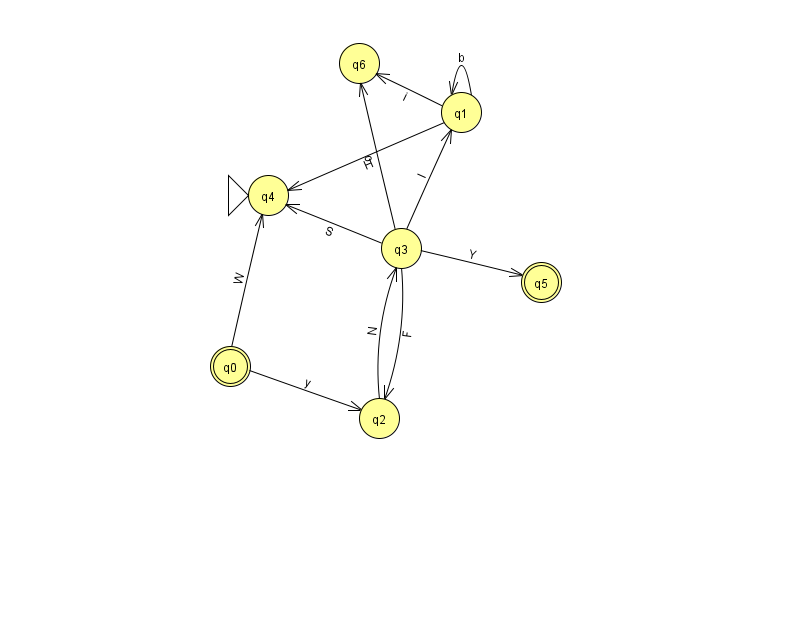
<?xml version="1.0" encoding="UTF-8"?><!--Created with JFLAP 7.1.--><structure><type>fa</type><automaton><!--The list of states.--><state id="0" name="q0"><x>230.0</x><y>353.0</y><final/></state><state id="1" name="q1"><x>461.0</x><y>99.0</y></state><state id="2" name="q2"><x>379.0</x><y>405.0</y></state><state id="3" name="q3"><x>401.0</x><y>235.0</y></state><state id="4" name="q4"><x>268.0</x><y>182.0</y><initial/></state><state id="5" name="q5"><x>541.0</x><y>269.0</y><final/></state><state id="6" name="q6"><x>359.0</x><y>50.0</y></state><!--The list of transitions.--><transition><from>0</from><to>2</to><read>y</read></transition><transition><from>1</from><to>6</to><read>i</read></transition><transition><from>3</from><to>2</to><read>F</read></transition><transition><from>1</from><to>1</to><read>b</read></transition><transition><from>3</from><to>4</to><read>S</read></transition><transition><from>3</from><to>6</to><read>o</read></transition><transition><from>3</from><to>5</to><read>Y</read></transition><transition><from>2</from><to>3</to><read>N</read></transition><transition><from>3</from><to>1</to><read>I</read></transition><transition><from>1</from><to>4</to><read>H</read></transition><transition><from>0</from><to>4</to><read>W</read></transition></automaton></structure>